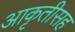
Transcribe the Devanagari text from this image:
आकृतीसह